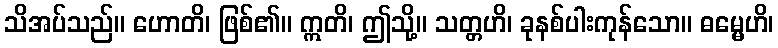
သိအပ်သည်။ ဟောတိ၊ ဖြစ်၏။ ဣတိ၊ ဤသို့။ သတ္တဟိ၊ ခုနစ်ပါးကုန်သော။ ဓမ္မေဟိ၊